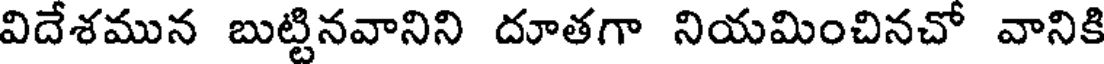
విదేశమున బుట్టినవానిని దూతగా నియమించినచో వానికి